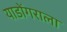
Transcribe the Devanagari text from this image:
याडोंगराला